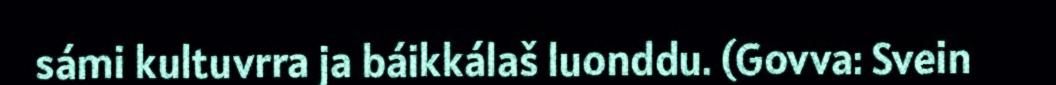
sámi kultuvrra ja báikkálaš luonddu. (Govva: Svein